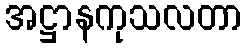
အဋ္ဌာနကုသလတာ